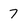
Character: 7